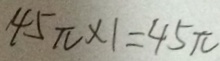
4 5 \pi \times 1 = 4 5 \pi